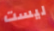
ليست